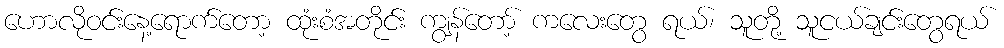
ဟောလိုဝင်းနေ့ရောက်တော့ ထုံးစံအတိုင်း ကျွန်တော့် ကလေးတွေ ရယ်၊ သူတို့ သူငယ်ချင်းတွေရယ်